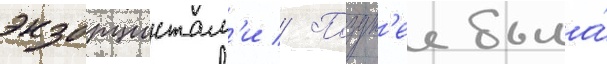
экзорцистам'и // Поздн'ее была́